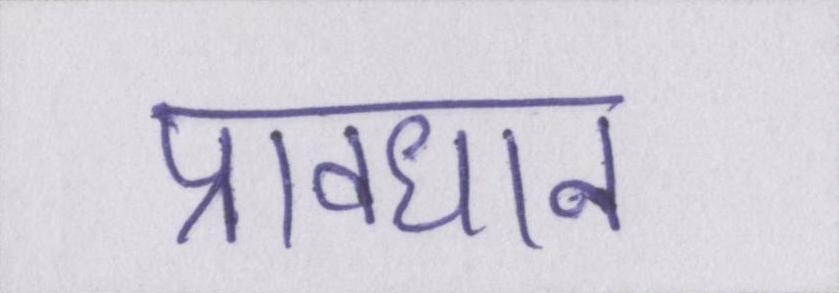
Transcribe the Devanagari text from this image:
प्रावधान